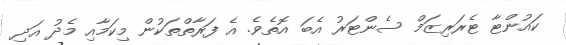
ކައުންޓާ ޓެރަރިޒަމް ސެންޓަރު އެބަ އޮތެވެ. އެ ފަރާތްތަކުން މިކަމާއި މެދު އަދި